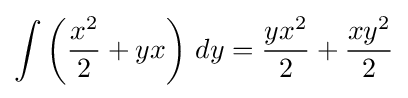
\int \left({\frac {x^{2}}{2}}+yx\right)\,dy={\frac {yx^{2}}{2}}+{\frac {xy^{2}}{2}}